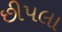
છીપલા